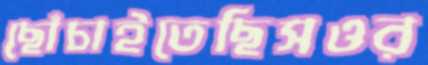
ছোঁচাইতেছিসওর